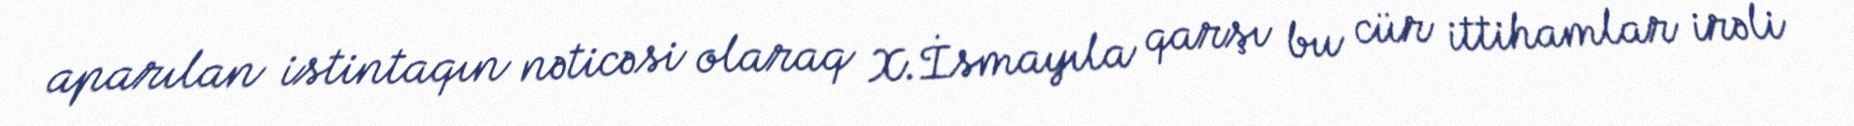
aparılan istintaqın nəticəsi olaraq X.İsmayıla qarşı bu cür ittihamlar irəli